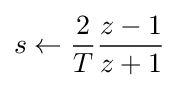
s\leftarrow {\frac {2}{T}}{\frac {z-1}{z+1}}